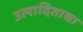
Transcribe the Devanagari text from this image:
उत्पादिताचा